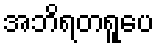
အဘိရတရူပေ